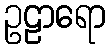
ဥဠာရော